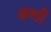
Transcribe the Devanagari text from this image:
कण्डी